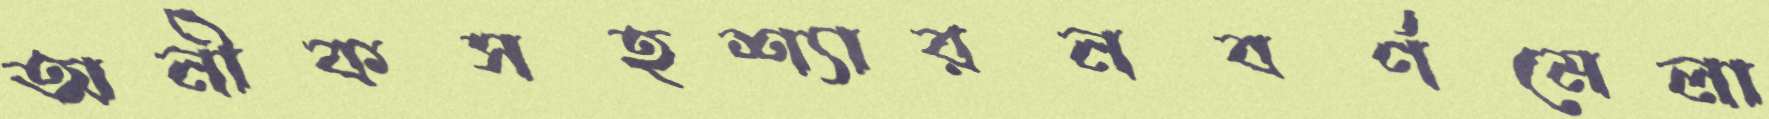
অনীকসহশ্যারনবর্ণমেলা